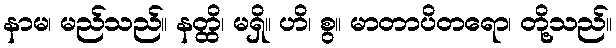
နာမ၊ မည်သည်။ နတ္ထိ၊ မရှိ။ ဟိ၊ စွ။ မာတာပိတရော၊ တို့သည်။